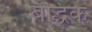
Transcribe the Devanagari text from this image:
बैद्धिक